system: You are a helpful assistant.
user:
Analyze the provided spectrum to determine if it is a **White Dwarf (WD)**.

A White Dwarf spectrum is defined by its **extreme purity** (due to gravitational settling) and/or **extreme pressure broadening** (due to high surface gravity). You must check for one of the following mutually exclusive signatures:

- **Key Visual Indicators (Check for ONE of these types):**

    - **1. DA-Type Signature (Most Common):**
        - **(Primary Feature):** Extreme pressure broadening (Stark broadening) of the **Hydrogen (H) Balmer lines**.
        - **(Key Lines):** $H\beta$ (approx. $4861$ Å) and $H\gamma$ (approx. $4340$ Å). $H\alpha$ (approx. $6563$ Å) will also be present if the wavelength range covers it.
        - **(Line Profile):** This is the **defining feature**. The lines are **NOT** sharp. They appear as massive, **extremely broad and deep "troughs" or "dips"** in the spectrum, often hundreds of Ångströms wide. The continuum will appear to "scoop" down at these wavelengths.
        - **(Distinction):** Normal A-type or B-type stars have *narrow* and *sharp* Hydrogen lines. A DA White Dwarf's lines are unmistakably "smeared" or "blurry" from pressure.

    - **2. DB-Type Signature:**
        - **(Primary Feature):** Broad absorption lines from **Neutral Helium (He I)**. The spectrum must lack any visible Hydrogen lines.
        - **(Key Lines):** Look for broad absorption near $4471$ Å, $4921$ Å, and $5876$ Å.
        - **(Line Profile):** These lines are also significantly pressure-broadened, appearing much wider than they would in a normal B-type main-sequence star.

    - **3. DC-Type Signature:**
        - **(Primary Feature):** A **featureless continuous spectrum**.
        - **(Line Profile):** The spectrum is a smooth curve with **no significant absorption or emission lines**.
        - **(Key Confirmation):** The continuum is almost always **blue or white**, indicating a hot object. This signature implies the atmosphere is so pure (or so cool) that no spectral lines are visible in the optical range. Its WD identity is confirmed by its extremely low intrinsic brightness (high absolute magnitude).

    - **4. DZ-Type Signature (Metal-Polluted):**
        - **(Primary Feature):** **Isolated, narrow metal absorption lines** on an otherwise featureless (DC-like) continuum.
        - **(Key Lines):** The **Calcium (Ca II) H & K doublet** (approx. **$3934$ Å** and **$3968$ Å**) is the most common and defining feature.
        - **(Line Profile):** These lines are "out of place." They are *not* part of a "forest" of thousands of lines. This signature is evidence of recent *accretion* (pollution) from rocky debris.
        - **(Distinction):** Normal G/K/M stars have a *dense forest* of thousands of metal lines. A DZ has a *clean* continuum with *only a few* strong metal lines.

    - **5. DQ-Type Signature (Carbon-Polluted):**
        - **(Primary Feature):** Absorption bands from **Carbon (C₂ "Swan Bands" or atomic C I)**.
        - **(Key Lines - C₂):** Look for bandheads with a "saw-tooth" shape near $5635$ Å, **$5165$ Å** (strongest), and $4737$ Å.
        - **(Key Confirmation):** The underlying **continuum must be blue or white** (hot).
        - **(Distinction):** This is the critical difference from a **Carbon Star**, which has the *exact same* C₂ bands but on an extremely **red, cool** continuum.

- **(Overall Spectrum):**
    - The continuum (overall shape) is typically **blue-sloping** (brighter in the blue than the red), as most white dwarfs are very hot.
    - The spectrum will look "pure" or "simple," dominated by only *one* of the five signatures listed above.

Think first, call **spectral_visualization_tool** if needed to examine features in detail, then provide your final answer. Your response must adhere to the following strict rules:
1.  **Overall Structure:** Your response must follow the format `<think>...</think> <tool_call>...</tool_call> (if a tool is used) <answer>...</answer>`.
2.  **Tool Usage Constraint:** You may only make **one** tool call per turn.
3.  **Final Answer Format:** In the `<answer>` tag, your conclusion must be inside a `\boxed{}` command (e.g., `\boxed{YES}` or `\boxed{NO}`), followed by your justification.

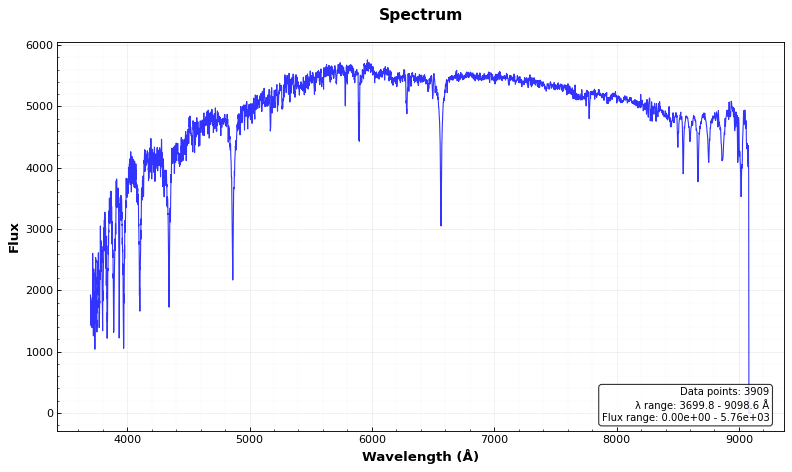
Answer: NO